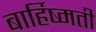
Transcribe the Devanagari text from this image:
बार्हिष्मती